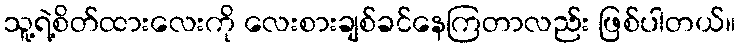
သူ့ရဲ့စိတ်ထားလေးကို လေးစားချစ်ခင်နေကြတာလည်း ဖြစ်ပါတယ်။